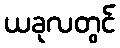
ယခုလတွင်